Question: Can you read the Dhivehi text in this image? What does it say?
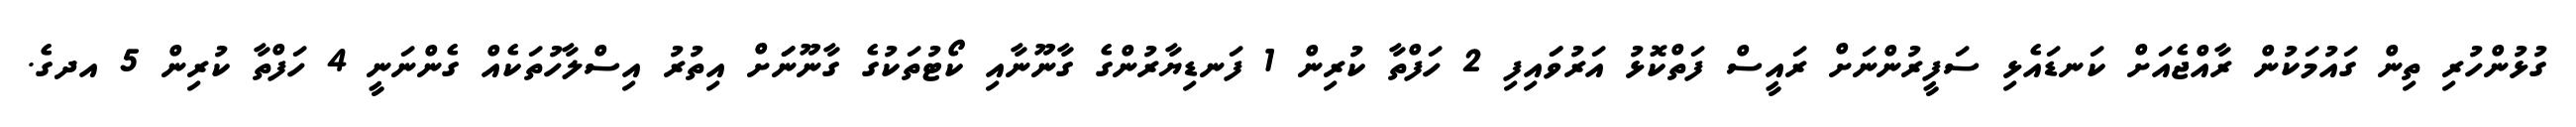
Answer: ގުޅުންހުރި ތިން ގައުމަކުން ރާއްޖެއަށް ކަނޑައެޅި ސަފީރުންނަށް ރައީސް ފަތްކޮޅު އަރުވަައިފި 2 ހަފްތާ ކުރިން 1 ފަނޑިޔާރުންގެ ގާނޫނާއި ކޯޓުތަކުގެ ގާނޫނަަށް އިތުރު އިސްލާހުތަކެއް ގެންނަނީ 4 ހަފްތާ ކުރިން 5 އދގެ.